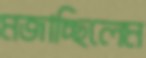
মজাচ্ছিলেম